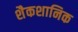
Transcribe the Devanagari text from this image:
शैकशानिक